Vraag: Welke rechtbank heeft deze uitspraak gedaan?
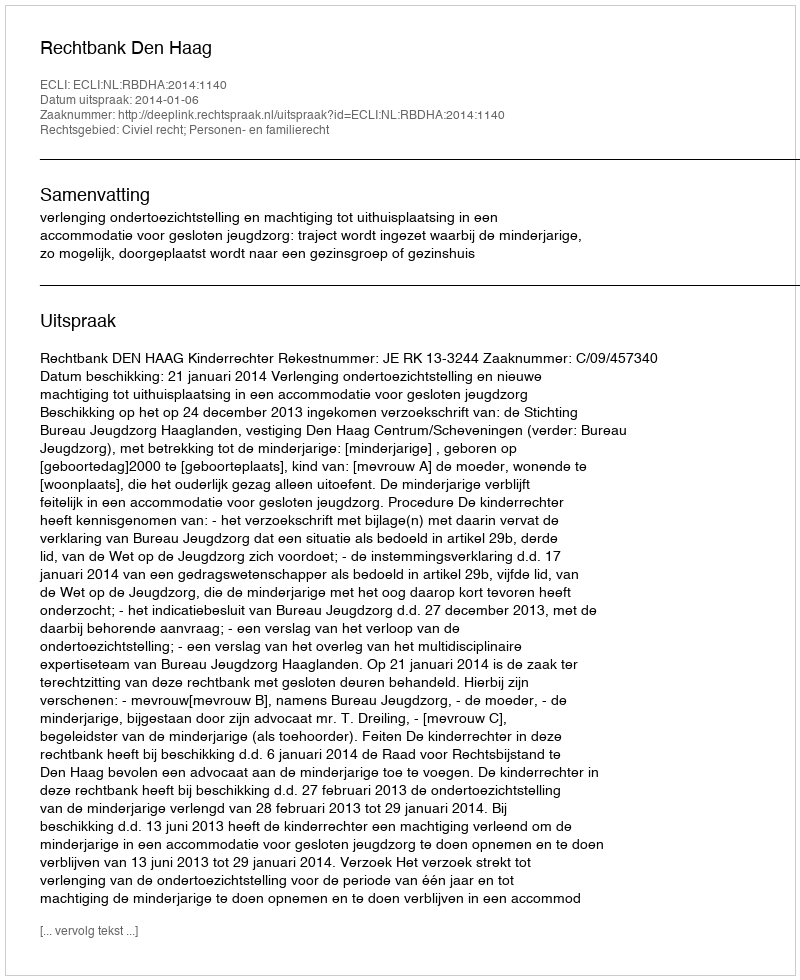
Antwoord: Rechtbank Den Haag